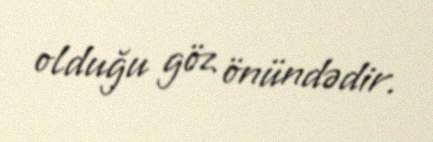
olduğu göz önündədir.